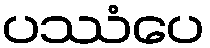
ပဿံပေ